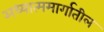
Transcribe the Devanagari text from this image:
अध्यात्ममार्गातील